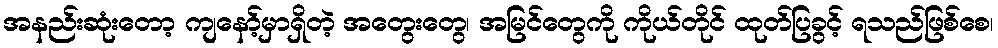
အနည်းဆုံးတော့ ကျနော့်မှာရှိတဲ့ အတွေးတွေ၊ အမြင်တွေကို ကိုယ်တိုင် ထုတ်ပြခွင့် ရသည်ဖြစ်စေ၊